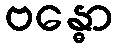
ဗန္ဓော